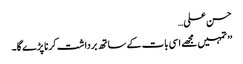
حسن علی…
’’ تمہیں مجھے اسی بات کے ساتھ برداشت کرنا پڑے گا۔